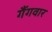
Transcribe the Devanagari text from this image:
गैंगवार